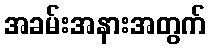
အခမ်းအနားအတွက်